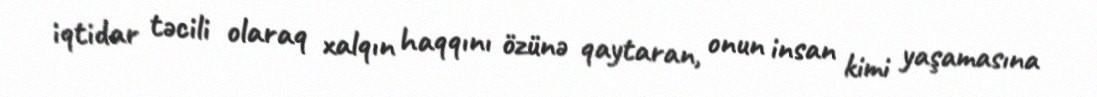
iqtidar təcili olaraq xalqın haqqını özünə qaytaran, onun insan kimi yaşamasına